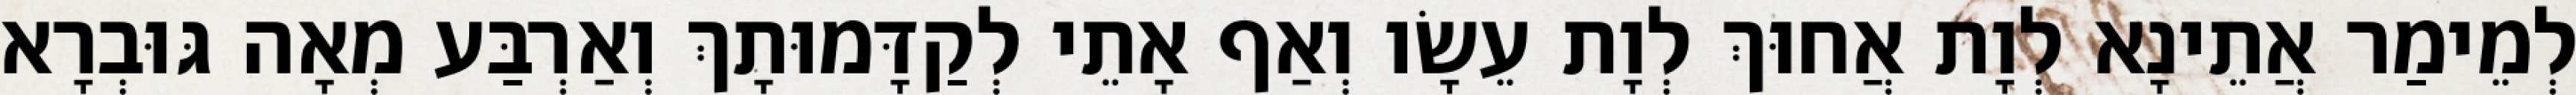
לְמֵימַר אֲתֵינָא לְוָת אֲחוּךְ לְוָת עֵשָׂו וְאַף אָתֵי לְקַדָּמוּתָךְ וְאַרְבַּע מְאָה גּוּבְרָא